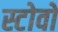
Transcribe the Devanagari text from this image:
स्टोवों